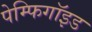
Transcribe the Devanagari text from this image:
पेम्फिगॉइड